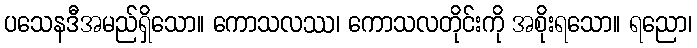
ပသေနဒီအမည်ရှိသော။ ကောသလဿ၊ ကောသလတိုင်းကို အစိုးရသော။ ရညော၊